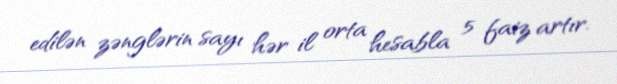
edilən zənglərin sayı hər il orta hesabla 5 faiz artır.